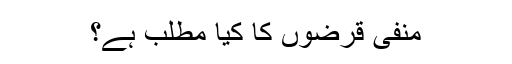
منفی قرضوں کا کیا مطلب ہے؟